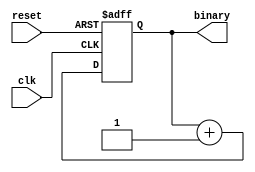
/*Program By Vicky_A*/

module binary_counter
   #(parameter N=4)
   (
    input wire clk, reset,
    output wire [N-1:0] binary
   );
 
   reg [N-1:0] r_reg;
   wire [N-1:0] r_next;
 
   always @(posedge clk, negedge reset)
   begin
      if (~reset)
         r_reg <= 0;
      else
         r_reg <= r_next;
	end	
	assign binary  = r_reg;
	assign r_next = r_reg+1;
endmodule